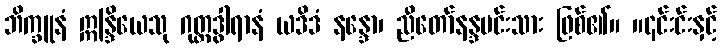
ဘိက္ခူနံ ဣန္ဒြိယေသု ဂုတ္တဒွါရာနံ ယဒိဒံ နန္ဒော၊ ညီတော်နန္ဒမင်းသား ဖြစ်၏။ ။၎င်းင်းနှင့်